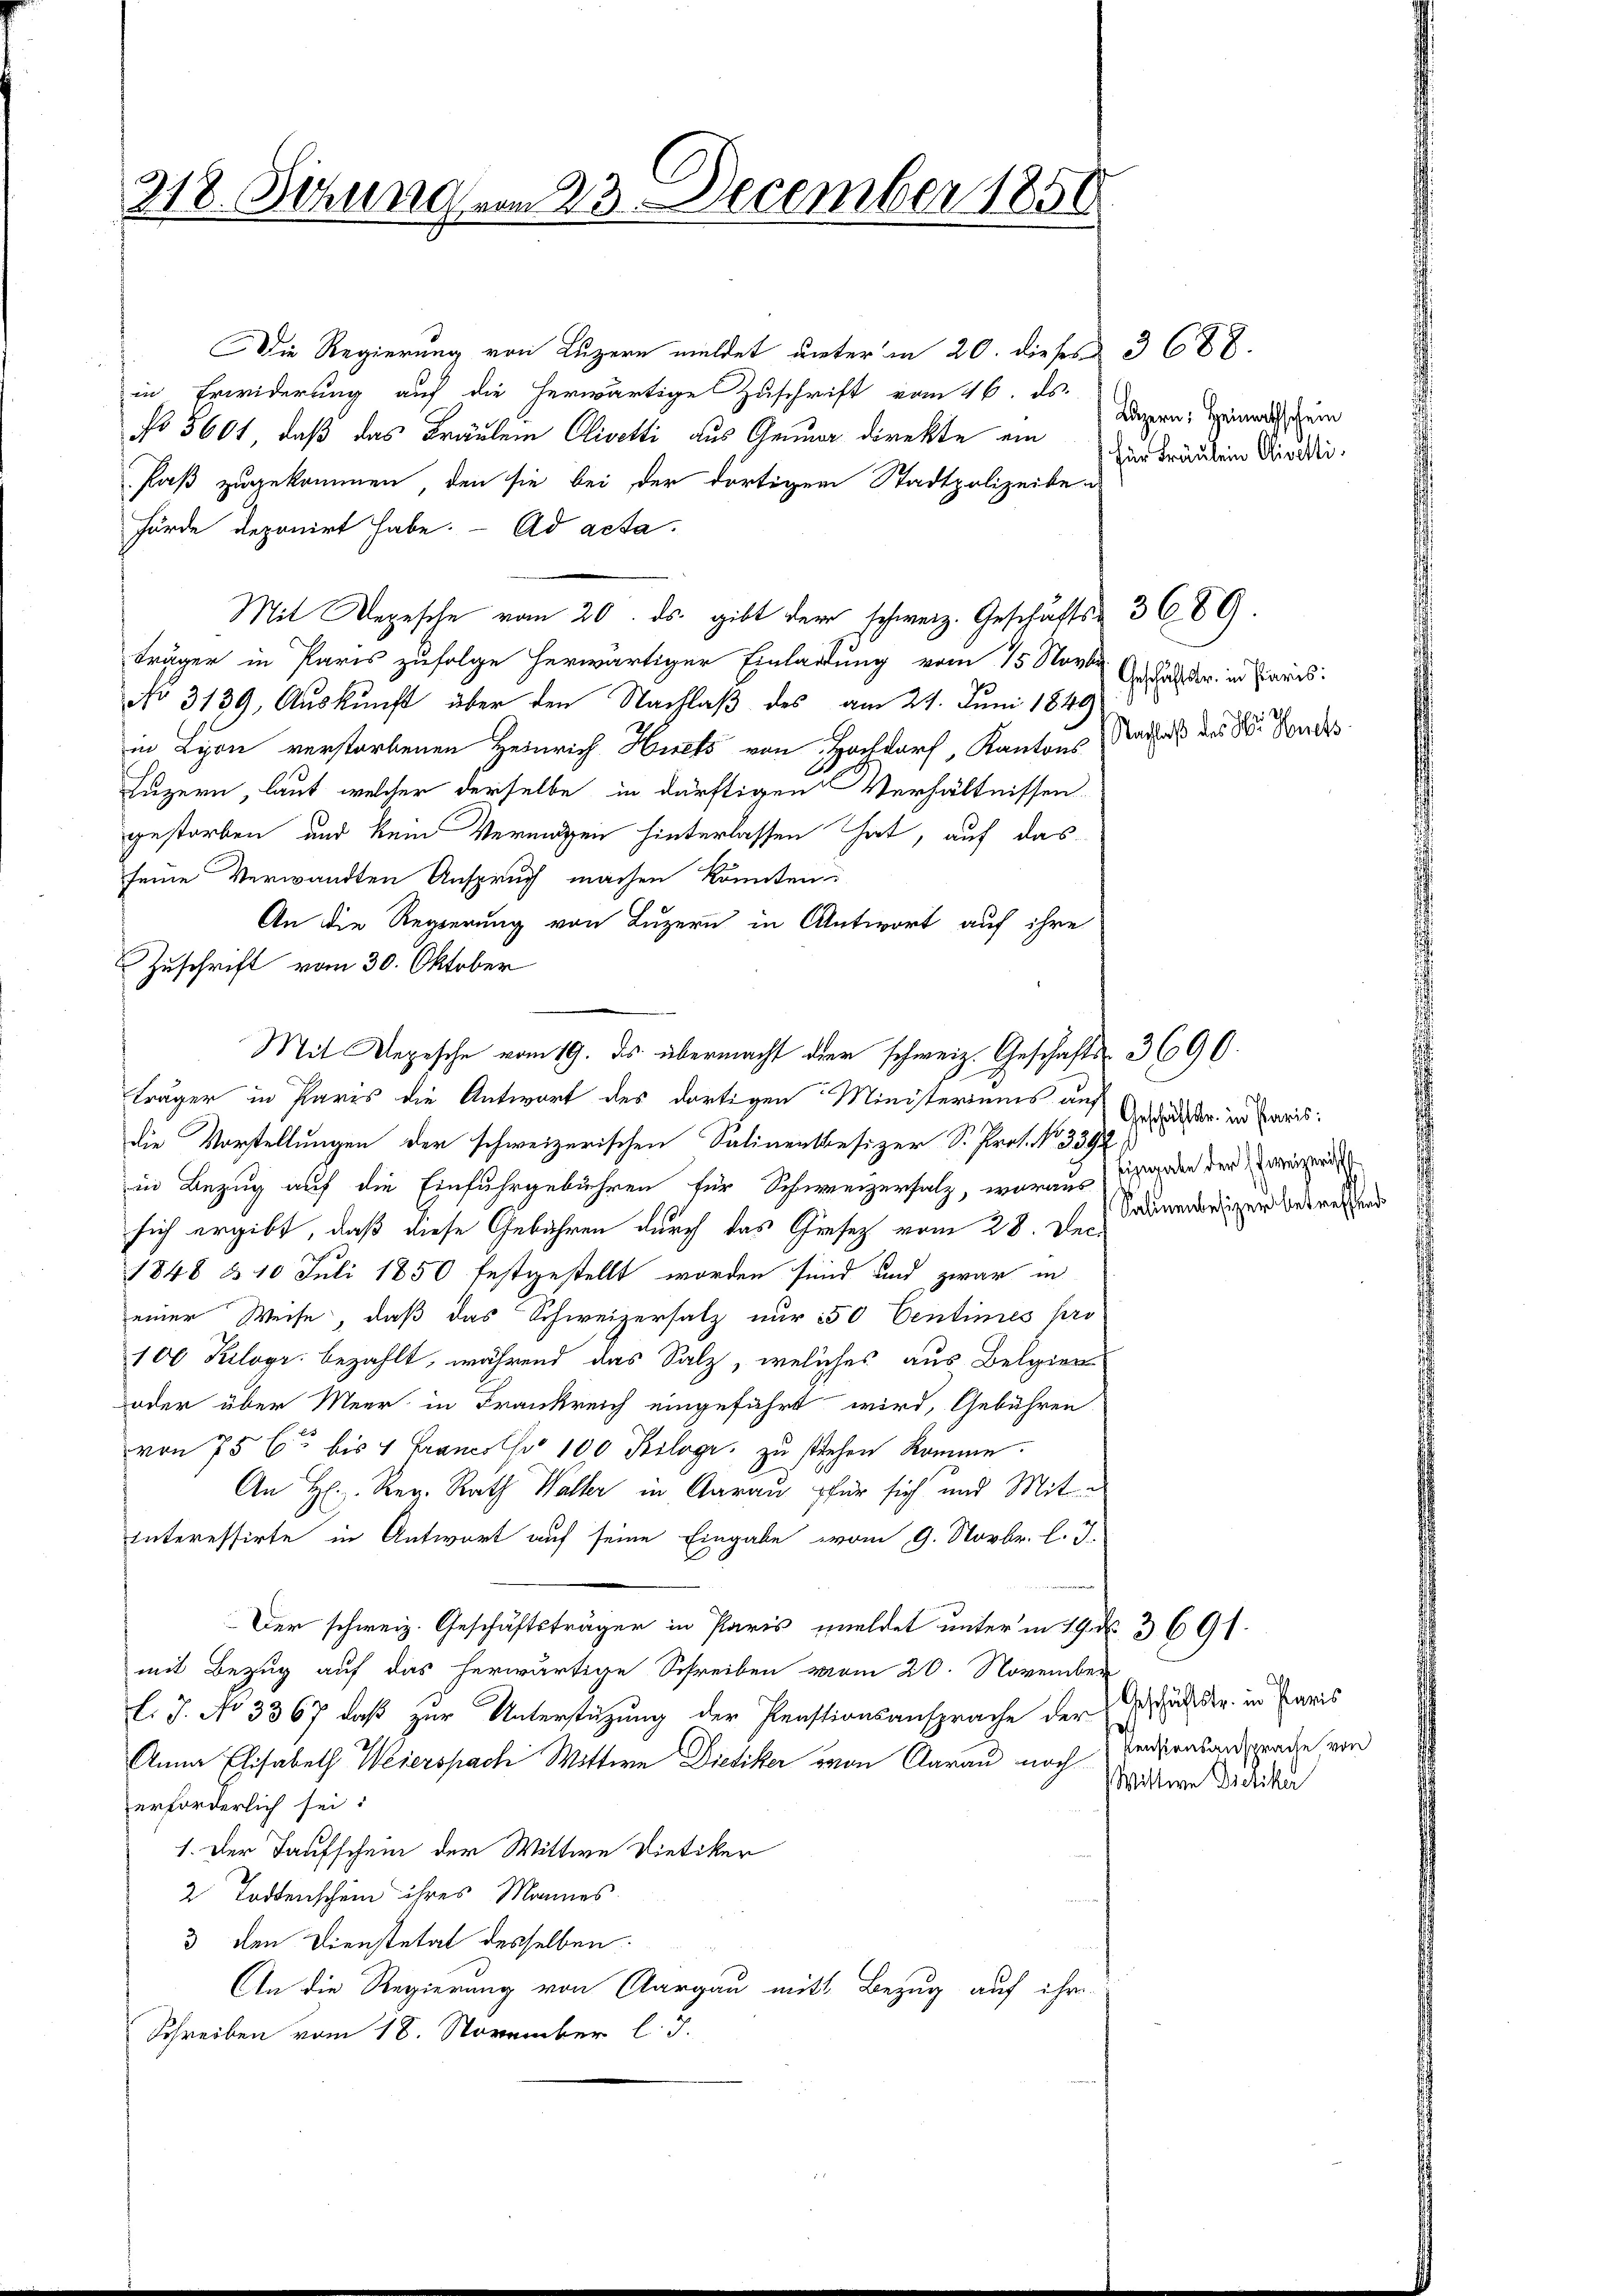
218. Sitzung vom 23. December 1856

Die Regierung von Luzern meldet unter in 20. dieses 3 688.
in Erwiderung auf die herwärtige Zuschrift vom 16. ds.
No 5601, daß das Fräulein Olivetti aus Genuar direkte ein
Paß zugekommen, den sie bei der dortigem Stadtpolizeibe
hörde deponirt habe. - Ad acta.
Mit Depesche vom 20. ds. gibt dem schweiz. Geschäfts 3 689.
träger in Paris zufolge herwärtiger Einladung vom 15. Nov. 6. Jahr in Paris.
No 3139. Auskunft über den Nachlaß des am 21. Juni 1840
in Lyon verstorbenen Heinrich Huets von Hochdorf, Kantons
Luzern, laut, welcher derselbe in dürftigen Verhältnissen
gestorben und kein Vermögen hinterlassen hat, auf das
seine Verwandten Anspruch machen könnten
An die Regierung von Luzern in Antwort auf ihre
Zuschrift vom 30. Oktober
Mit Depesche vom 19. ds. übermacht der schweiz. Geschafts- 3690.
träger in Paris die Antwort des dortigen Ministeriums auf
die Vorstellungen der schweizerischen Salinentbesizer S. Prof. No 339
in Bezug auf die Einfuhrgebühren für Schweizersalz, woraus ist geden der eingerich
sich ergibt, daß diese Gebühren durch das Grafez vom 28. Dec.
1848 § 10 Juli 1850 festgestellt worden sind und zwar in
einer Weise, daß das Schweizersatz nur 50 Centimes pro-
100 Kilogr: bezahlt, während das Salz, welches aus Belgien¬
oder über Meer in Frankreich eingefährt wird, Gebühren
von 75 C bis 4 Francssr 100 Kiloge, zu stichen komme.
An H. Reg. Rath Walter in Aarau für sich und Mit
Interessirte in Antwort auf seine Eingabe vom 9. Novbr. l. J.
Der schweiz. Geschäftsträger in Paris meldet unter in 19. d. 3691.
mit Bezug auf das herwärtige Schreiben vom 20. November
l. J. No 3367, daß zur Unterstützung der Penstionsansprache der
Anna Elisabeth Weierspach Witten Dietiker von Aarau noch Verdrasansprache von
erforderlich sei:
1. Der Taufschein der Wittwe Dietiker
2 Todtenschein ihres Mannes.
3 den Dienstetat desselben.
An die Regierung von Aargau mit Bezug auf ihre
Schreiben vom 18. November l. J.

Luzern: Heimathschein
für Fräulein Olivelti.

Nachlaß des Hr. Herets

Geschäftstr. in Paris:
Salinenbesizer betreffend

Geschäftstr. in Paris
Wittwe Dietiker